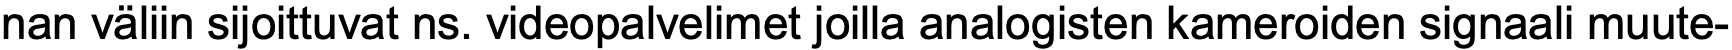
nan väliin sijoittuvat ns. videopalvelimet joilla analogisten kameroiden signaali muute-